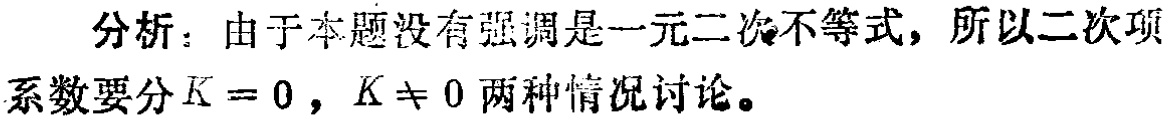
分析：由于本题没有强调是一元二次不等式，所以二次项系数要分\(K = 0\)，\(K \neq 0\)两种情况讨论。